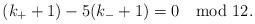
LaTeX: \begin{align*} (k_++1) - 5 (k_-+1) = 0 \mod 12.\end{align*}